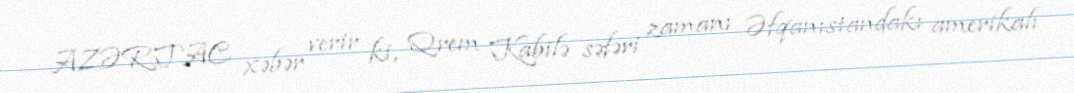
AZƏRTAC xəbər verir ki, Qrem Kabilə səfəri zamanı Əfqanıstandakı amerikalı